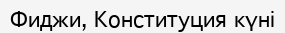
Фиджи, Конституция күні